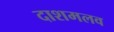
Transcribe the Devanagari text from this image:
दाशमलव